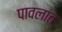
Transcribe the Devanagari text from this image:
पावलांत